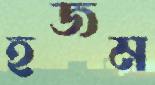
হজম